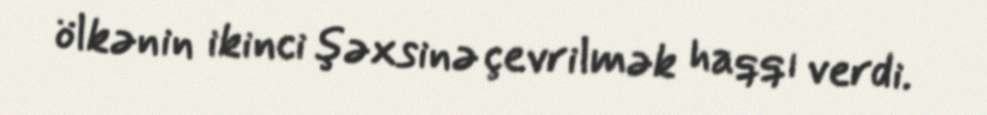
ölkənin ikinci şəxsinə çevrilmək haqqı verdi.